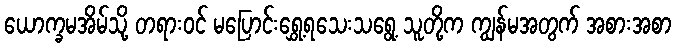
ယောက္ခမအိမ်သို့ တရားဝင် မပြောင်းရွှေ့ရသေးသရွေ့ သူတို့က ကျွန်မအတွက် အစားအစာ